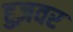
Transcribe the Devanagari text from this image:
हुज़वर